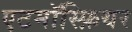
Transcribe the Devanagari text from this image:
एटमॉस्फ़ियर